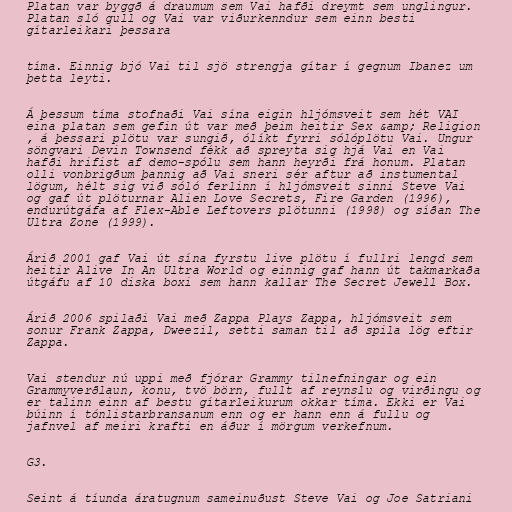
Platan var byggð á draumum sem Vai hafði dreymt sem unglingur.
Platan sló gull og Vai var viðurkenndur sem einn besti
gítarleikari þessara

tíma. Einnig bjó Vai til sjö strengja gítar í gegnum Ibanez um
þetta leyti.

Á þessum tíma stofnaði Vai sína eigin hljómsveit sem hét VAI
eina platan sem gefin út var með þeim heitir Sex &amp; Religion
, á þessari plötu var sungið, ólíkt fyrri sólóplötu Vai. Ungur
söngvari Devin Townsend fékk að spreyta sig hjá Vai en Vai
hafði hrifist af demo-spólu sem hann heyrði frá honum. Platan
olli vonbrigðum þannig að Vai sneri sér aftur að instumental
lögum, hélt sig við sóló ferlinn í hljómsveit sinni Steve Vai
og gaf út plöturnar Alien Love Secrets, Fire Garden (1996),
endurútgáfa af Flex-Able Leftovers plötunni (1998) og síðan The
Ultra Zone (1999).

Árið 2001 gaf Vai út sína fyrstu live plötu í fullri lengd sem
heitir Alive In An Ultra World og einnig gaf hann út takmarkaða
útgáfu af 10 diska boxi sem hann kallar The Secret Jewell Box.

Árið 2006 spilaði Vai með Zappa Plays Zappa, hljómsveit sem
sonur Frank Zappa, Dweezil, setti saman til að spila lög eftir
Zappa.

Vai stendur nú uppi með fjórar Grammy tilnefningar og ein
Grammyverðlaun, konu, tvö börn, fullt af reynslu og virðingu og
er talinn einn af bestu gítarleikurum okkar tíma. Ekki er Vai
búinn í tónlistarbransanum enn og er hann enn á fullu og
jafnvel af meiri krafti en áður í mörgum verkefnum.

G3.

Seint á tíunda áratugnum sameinuðust Steve Vai og Joe Satriani